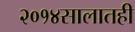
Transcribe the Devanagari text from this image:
२०१४सालातही